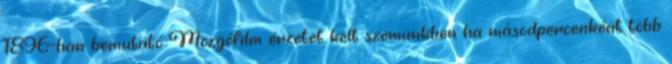
1896-ban bemutató Mozgófilm érzetet kelt szemünkben ha másodpercenként több